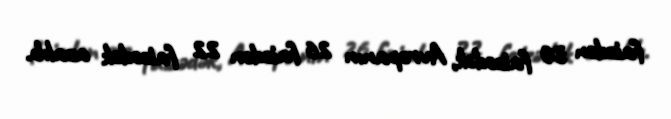
faizdən 30 faizədək, Avropanın 26 faizdən 22 faizədək azalıb.